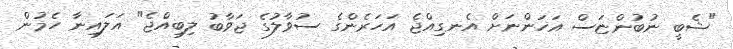
"ޝެބީ ނުބުންޏަސް އަހަންނަށް އެނގިއްޖެ އަހަރެންގެ ސުވާލުގެ ޖަވާބު ލިބިއްޖެ" އަލައިނާ ހެމުން